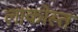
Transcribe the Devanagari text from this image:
लाकोस्त